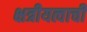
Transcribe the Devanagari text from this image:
क्षत्रीयत्वाची